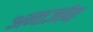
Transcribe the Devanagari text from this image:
अन्तर्ज्ञान